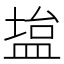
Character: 𫞱